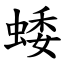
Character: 蜲